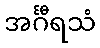
အင်္ဂီရသံ